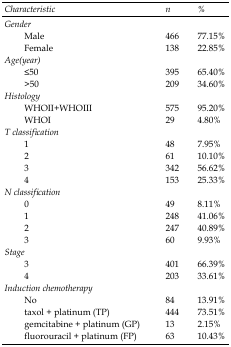
<table><thead><tr><td><b>Characteristic</b></td><td><b>n</b></td><td><b>%</b></td></tr></thead><tbody><tr><td colspan="3"><i>Gender</i></td></tr><tr><td>Male</td><td>466</td><td>77.15%</td></tr><tr><td>Female</td><td>138</td><td>22.85%</td></tr><tr><td colspan="3"><i>Age(year)</i></td></tr><tr><td>≤50</td><td>395</td><td>65.40%</td></tr><tr><td>&gt;50</td><td>209</td><td>34.60%</td></tr><tr><td colspan="3"><i>Histology</i></td></tr><tr><td>WHOII+WHOIII</td><td>575</td><td>95.20%</td></tr><tr><td>WHOI</td><td>29</td><td>4.80%</td></tr><tr><td colspan="3"><i>T classification</i></td></tr><tr><td>1</td><td>48</td><td>7.95%</td></tr><tr><td>2</td><td>61</td><td>10.10%</td></tr><tr><td>3</td><td>342</td><td>56.62%</td></tr><tr><td>4</td><td>153</td><td>25.33%</td></tr><tr><td colspan="3"><i>N classification</i></td></tr><tr><td>0</td><td>49</td><td>8.11%</td></tr><tr><td>1</td><td>248</td><td>41.06%</td></tr><tr><td>2</td><td>247</td><td>40.89%</td></tr><tr><td>3</td><td>60</td><td>9.93%</td></tr><tr><td colspan="3"><i>Stage</i></td></tr><tr><td>3</td><td>401</td><td>66.39%</td></tr><tr><td>4</td><td>203</td><td>33.61%</td></tr><tr><td colspan="3"><i>Induction chemotherapy</i></td></tr><tr><td>No</td><td>84</td><td>13.91%</td></tr><tr><td>taxol + platinum (TP)</td><td>444</td><td>73.51%</td></tr><tr><td>gemcitabine + platinum (GP)</td><td>13</td><td>2.15%</td></tr><tr><td>fluorouracil + platinum (FP)</td><td>63</td><td>10.43%</td></tr></tbody></table>